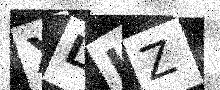
Text: XLLZ